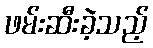
ဖမ်းဆီးခဲ့သည့်